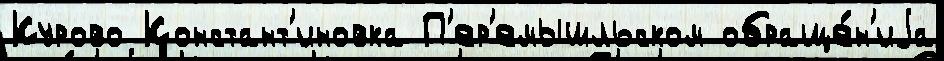
Курово Констант'иновка П'ер'емышльском обраще́н'иjа